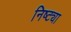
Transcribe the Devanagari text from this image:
निष्ट्या